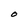
Character: O